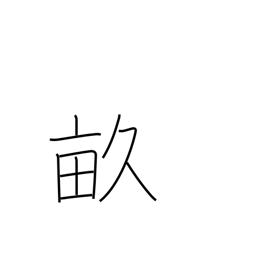
Meaning: thirty tsubo